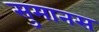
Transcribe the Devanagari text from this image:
सुमानस